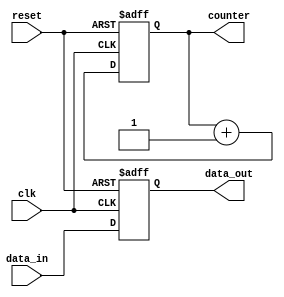
module reset_condition_example (
    input wire clk,          // Clock signal
    input wire reset,        // Active-high reset signal
    input wire [7:0] data_in, // Input data
    output reg [7:0] data_out, // Output data
    output reg [3:0] counter   // Counter output
);

// Initial values for registers
initial begin
    data_out = 8'b0; // Initialize data_out to 0
    counter = 4'b0;  // Initialize counter to 0
end

// Always block for reset and normal operation
always @(posedge clk or posedge reset) begin
    if (reset) begin
        // Reset condition: initialize state variables
        data_out <= 8'b0; // Reset data_out to 0
        counter <= 4'b0;   // Reset counter to 0
    end else begin
        // Normal operation
        data_out <= data_in; // Assign input data to output
        counter <= counter + 1; // Increment counter
    end
end

endmodule